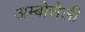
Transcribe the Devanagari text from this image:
अम्बोसेली